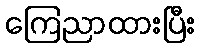
ကြေညာထားပြီး